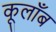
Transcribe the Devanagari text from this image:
कूलाँब